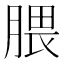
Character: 腲